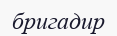
бригадир